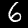
Digit: 6